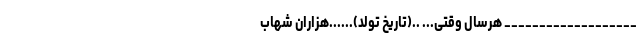
___________________ هرسال وقتی... ..(تاریخ تولد)......هزاران شهاب